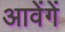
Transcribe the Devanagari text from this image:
आवेंगें